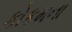
કોકમના